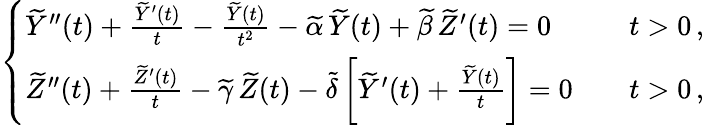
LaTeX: \left\{ \begin{array}{ll}{\widetilde Y^{\prime\prime}(t)+\frac{\widetilde Y^{\prime}(t)}{t}-\frac{\widetilde Y(t)}{t^{2}}-\widetilde\alpha\, \widetilde Y(t)+\widetilde\beta\, \widetilde Z^{\prime}(t)=0\quad}&{t>0\, ,}\\ {\widetilde Z^{\prime\prime}(t)+\frac{\widetilde Z^{\prime}(t)}{t}-\widetilde\gamma\, \widetilde Z(t)-\widetilde\delta\, \bigg[\widetilde Y^{\prime}(t)+\frac{\widetilde Y(t)}{t}\bigg]=0\quad}&{t>0\, ,}\end{array}\right.